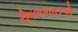
રીષભભાઇએ